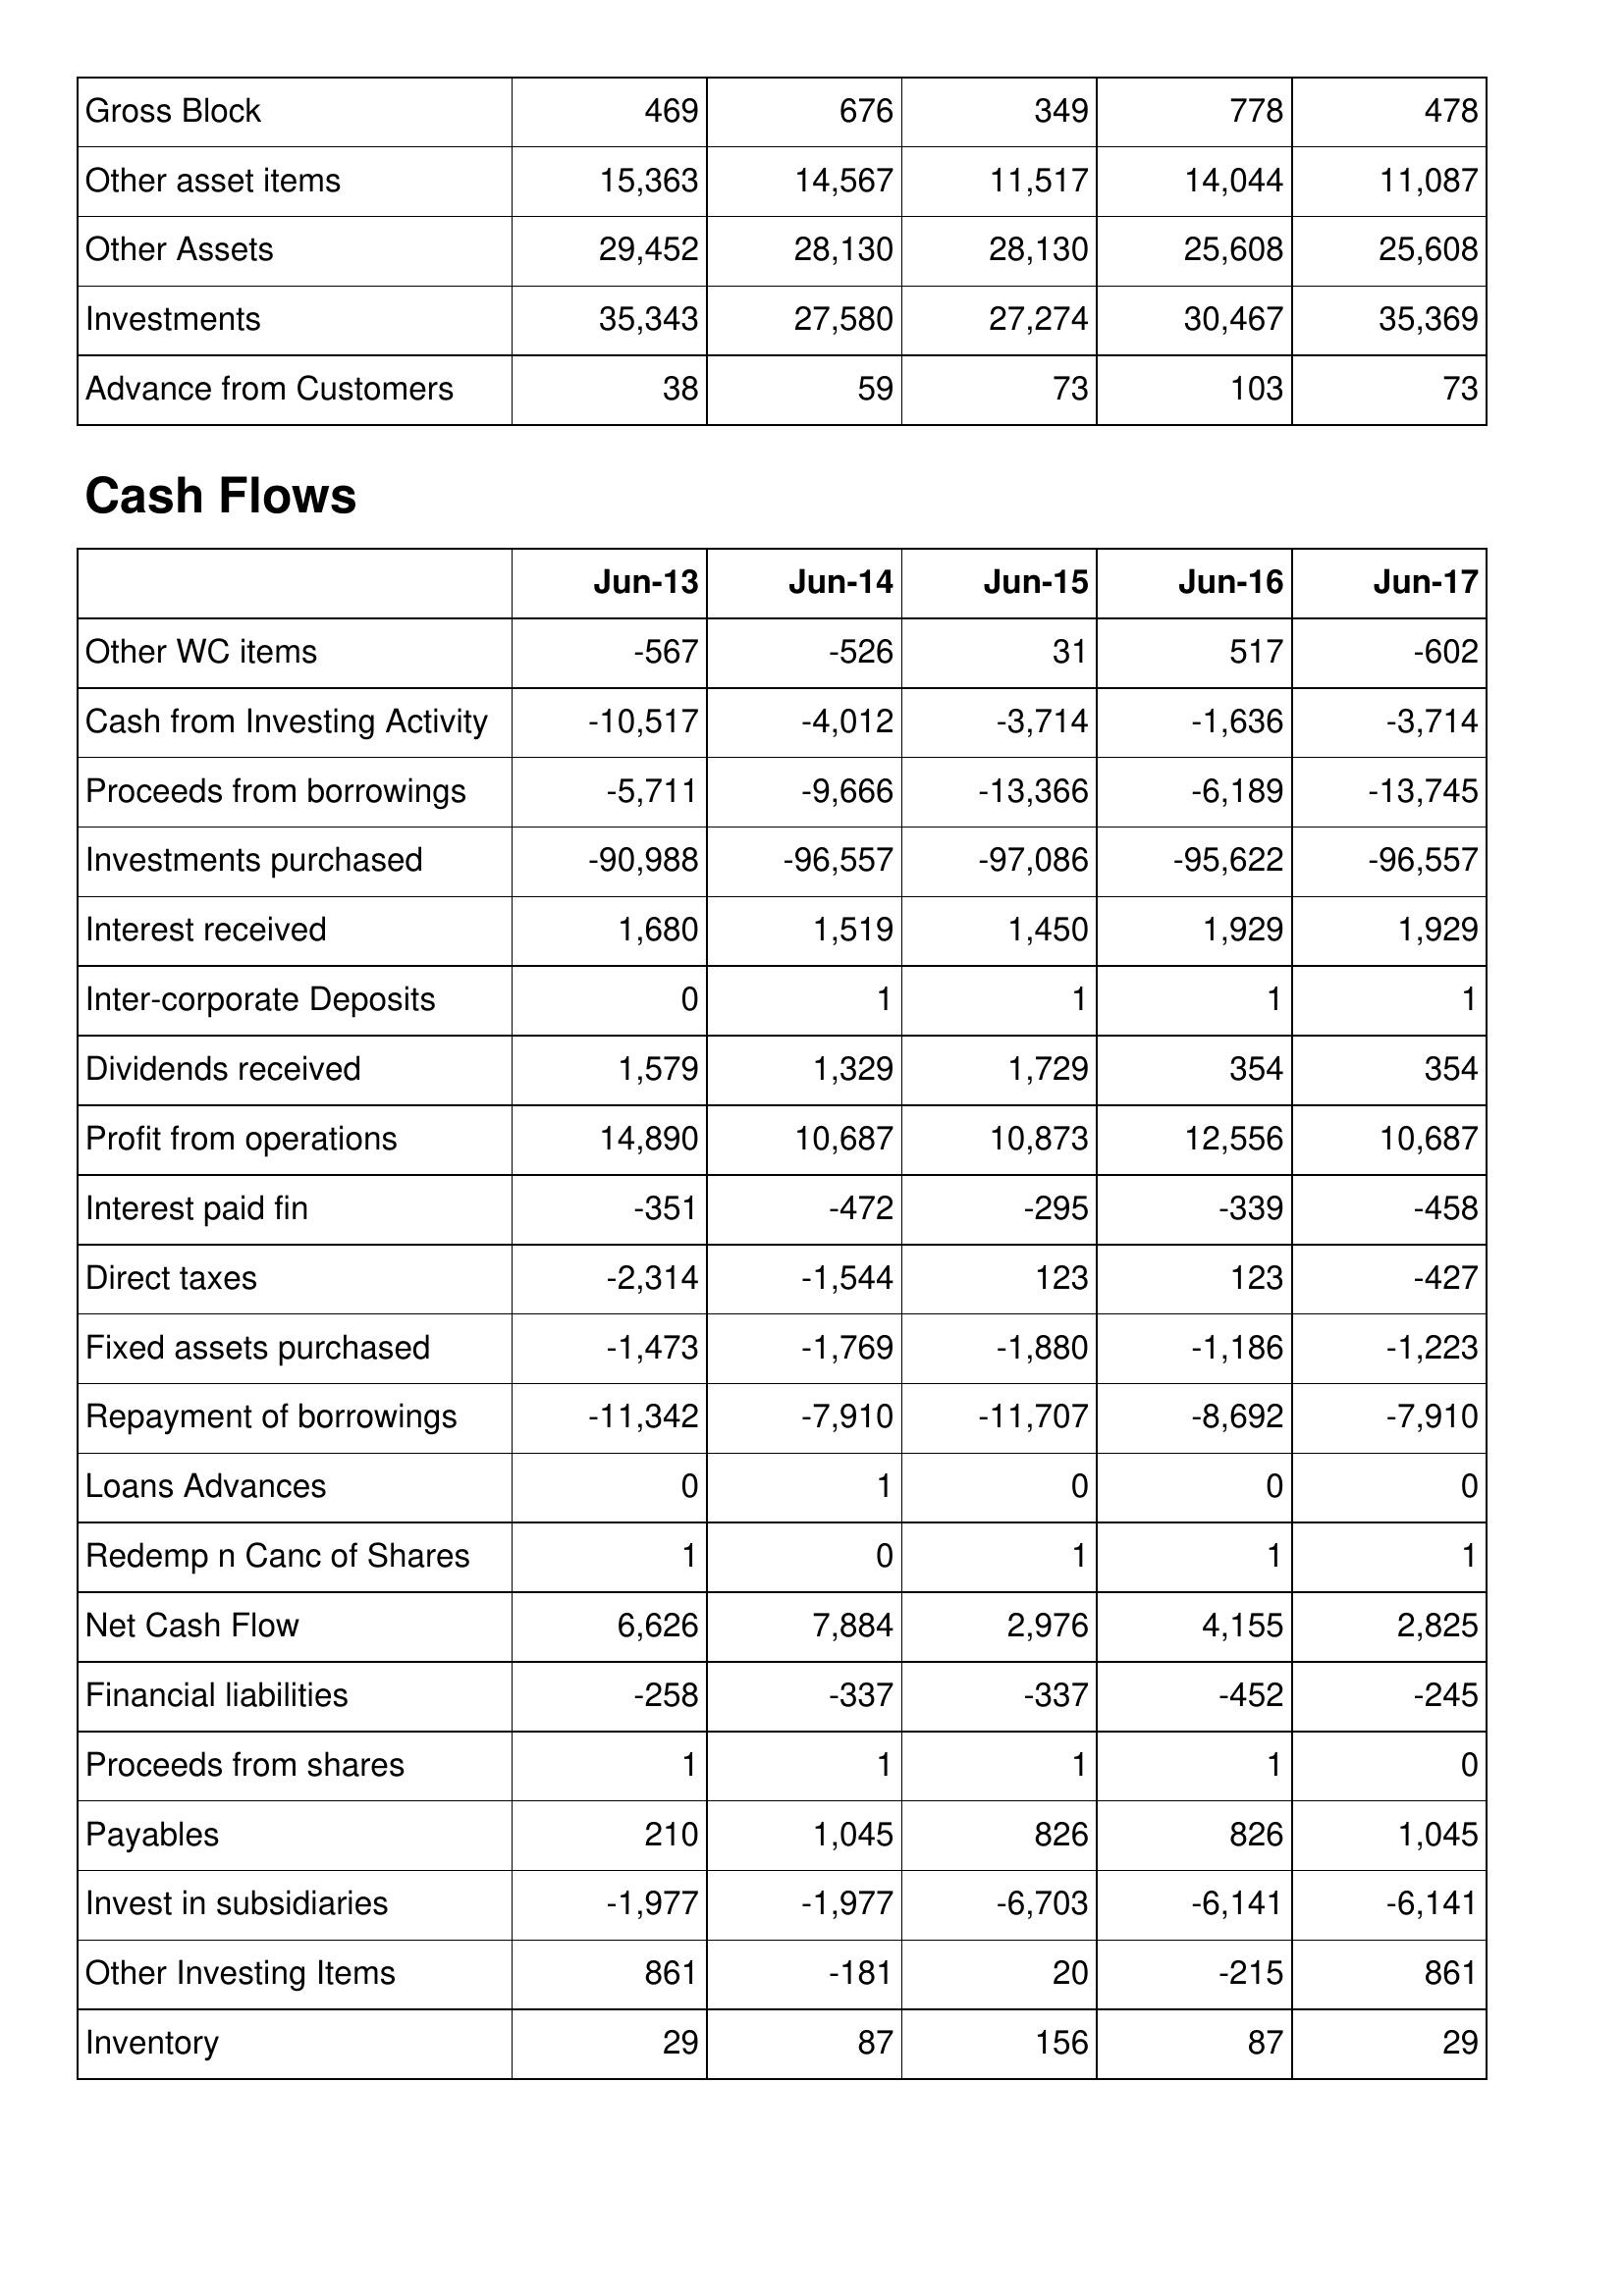
Jun-13: Balance Sheet: Gross Block: 469
Other asset items: 15,363
Other Assets: 29,452
Investments: 35,343
Advance from Customers: 38
Cash Flows: Other WC items: -567
Cash from Investing Activity: -10,517
Proceeds from borrowings: -5,711
Investments purchased: -90,988
Interest received: 1,680
Inter-corporate Deposits: 0
Dividends received: 1,579
Profit from operations: 14,890
Interest paid fin: -351
Direct taxes: -2,314
Fixed assets purchased: -1,473
Repayment of borrowings: -11,342
Loans Advances: 0
Redemp n Canc of Shares: 1
Net Cash Flow: 6,626
Financial liabilities: -258
Proceeds from shares: 1
Payables: 210
Invest in subsidiaries: -1,977
Other Investing Items: 861
Inventory: 29
Jun-14: Balance Sheet: Gross Block: 676
Other asset items: 14,567
Other Assets: 28,130
Investments: 27,580
Advance from Customers: 59
Cash Flows: Other WC items: -526
Cash from Investing Activity: -4,012
Proceeds from borrowings: -9,666
Investments purchased: -96,557
Interest received: 1,519
Inter-corporate Deposits: 1
Dividends received: 1,329
Profit from operations: 10,687
Interest paid fin: -472
Direct taxes: -1,544
Fixed assets purchased: -1,769
Repayment of borrowings: -7,910
Loans Advances: 1
Redemp n Canc of Shares: 0
Net Cash Flow: 7,884
Financial liabilities: -337
Proceeds from shares: 1
Payables: 1,045
Invest in subsidiaries: -1,977
Other Investing Items: -181
Inventory: 87
Jun-15: Balance Sheet: Gross Block: 349
Other asset items: 11,517
Other Assets: 28,130
Investments: 27,274
Advance from Customers: 73
Cash Flows: Other WC items: 31
Cash from Investing Activity: -3,714
Proceeds from borrowings: -13,366
Investments purchased: -97,086
Interest received: 1,450
Inter-corporate Deposits: 1
Dividends received: 1,729
Profit from operations: 10,873
Interest paid fin: -295
Direct taxes: 123
Fixed assets purchased: -1,880
Repayment of borrowings: -11,707
Loans Advances: 0
Redemp n Canc of Shares: 1
Net Cash Flow: 2,976
Financial liabilities: -337
Proceeds from shares: 1
Payables: 826
Invest in subsidiaries: -6,703
Other Investing Items: 20
Inventory: 156
Jun-16: Balance Sheet: Gross Block: 778
Other asset items: 14,044
Other Assets: 25,608
Investments: 30,467
Advance from Customers: 103
Cash Flows: Other WC items: 517
Cash from Investing Activity: -1,636
Proceeds from borrowings: -6,189
Investments purchased: -95,622
Interest received: 1,929
Inter-corporate Deposits: 1
Dividends received: 354
Profit from operations: 12,556
Interest paid fin: -339
Direct taxes: 123
Fixed assets purchased: -1,186
Repayment of borrowings: -8,692
Loans Advances: 0
Redemp n Canc of Shares: 1
Net Cash Flow: 4,155
Financial liabilities: -452
Proceeds from shares: 1
Payables: 826
Invest in subsidiaries: -6,141
Other Investing Items: -215
Inventory: 87
Jun-17: Balance Sheet: Gross Block: 478
Other asset items: 11,087
Other Assets: 25,608
Investments: 35,369
Advance from Customers: 73
Cash Flows: Other WC items: -602
Cash from Investing Activity: -3,714
Proceeds from borrowings: -13,745
Investments purchased: -96,557
Interest received: 1,929
Inter-corporate Deposits: 1
Dividends received: 354
Profit from operations: 10,687
Interest paid fin: -458
Direct taxes: -427
Fixed assets purchased: -1,223
Repayment of borrowings: -7,910
Loans Advances: 0
Redemp n Canc of Shares: 1
Net Cash Flow: 2,825
Financial liabilities: -245
Proceeds from shares: 0
Payables: 1,045
Invest in subsidiaries: -6,141
Other Investing Items: 861
Inventory: 29